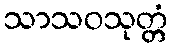
သာသဝသုတ္တံ